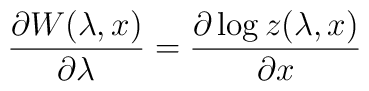
\frac{\partial W(\lambda,x)}{\partial \lambda} =\frac{\partial \log  z(\lambda,x)}{\partial x}